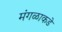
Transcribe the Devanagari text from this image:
मंगळाकडे